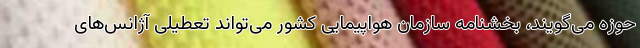
حوزه می‌گویند، بخشنامه سازمان هواپیمایی کشور می‌تواند تعطیلی آژانس‌های